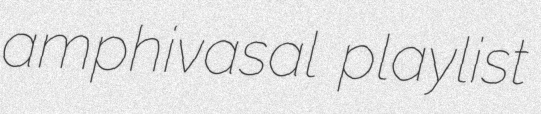
amphivasal playlist